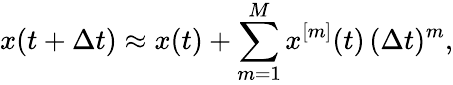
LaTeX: x(t+\Delta t)\approx x(t)+\sum_{m=1}^{M}x^{[m]}(t)\, (\Delta t)^{m},